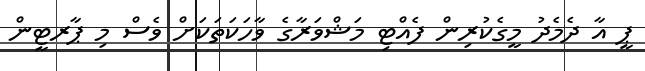
ޕީ އާ ދެމެދު މީގެކުރިން ފެއްޓި މަޝްވަރާގެ ވާހަކަތަކަށް ވެސް މި ޕާރޓީން